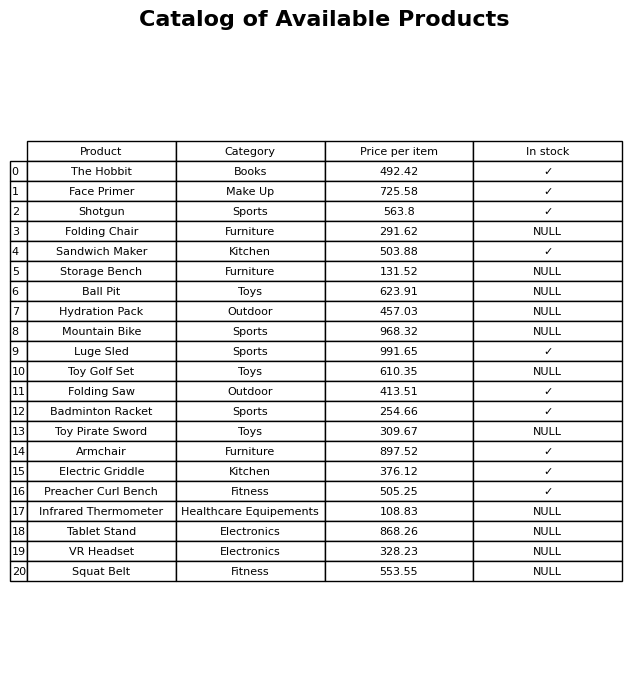
question: Which products are available in stock?
answer: The Hobbit, Face Primer, Shotgun, Sandwich Maker, Luge Sled, Folding Saw, Badminton Racket, Armchair, Electric Griddle, Preacher Curl Bench